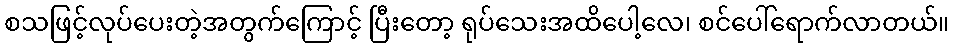
စသဖြင့်လုပ်ပေးတဲ့အတွက်ကြောင့် ပြီးတော့ ရုပ်သေးအထိပေါ့လေ၊ စင်ပေါ်ရောက်လာတယ်။